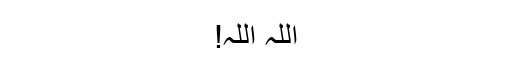
اللہ اللہ!